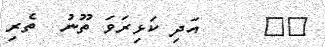
٤٨     އަދި ކަޅިރަވަ ތޫނު  ތެރި